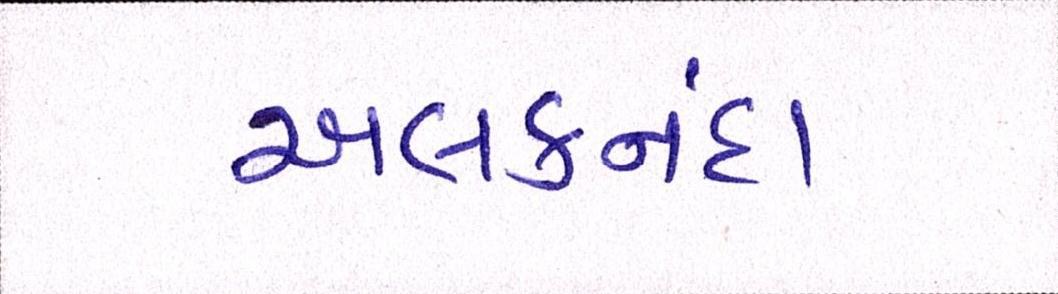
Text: અલકનંદા